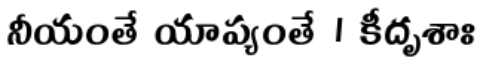
నీయంతే యాప్యంతే । కీదృశాః